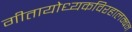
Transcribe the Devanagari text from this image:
गीतायोध्यकविरहालम्बन